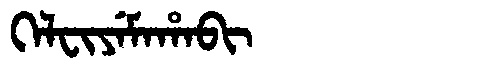
Manchu: ᡴᡝᠯᠸᡳᠶᡝᠮᠠᡥᠠᠪᡳ
Romanization: KELFIYEMAHABI